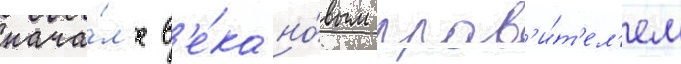
нача́л'е в'е́ка но́вым прав'и́т'ел'ем